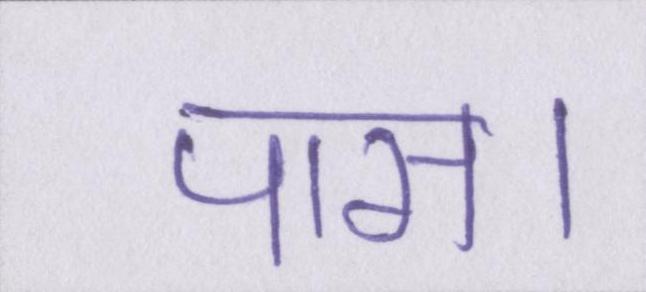
पास।